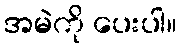
အမဲကို ပေးပါ။